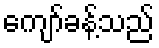
ကျော်ခန့်သည်